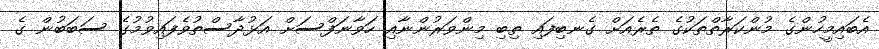
އެބައިމީހުންގެ މުންކަރާތްތަކުގެ ތެރެއަށް ގެނބިފައި ތިބި މިންވަރުންނާއި ހަވާނަފްސަށް އަޅުދާސްތުވެފައިވުމުގެ ސަބަބުން ގެ